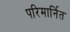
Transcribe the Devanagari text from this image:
परिमार्नित